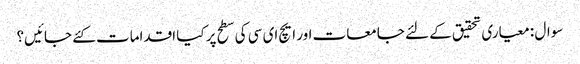
سوال : معیاری تحقیق کے لئے جامعات اور ایچ ای سی کی سطح پر کیا اقدامات کئے جائیں؟